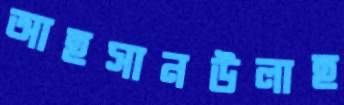
আহসানউলাহ